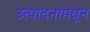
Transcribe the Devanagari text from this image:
उत्पादनामधून